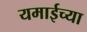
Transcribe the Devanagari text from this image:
यमाईच्या